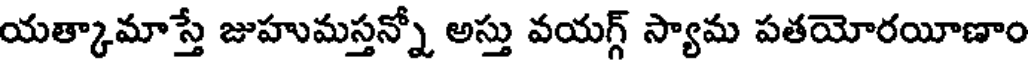
యత్కామాస్తే జుహుమస్తన్నో అస్తు వయగ్గ్ స్యామ పతయోరయీణాం